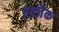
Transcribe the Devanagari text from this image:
एन्ज़ैक